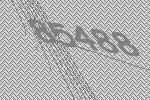
85488